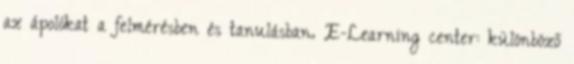
az ápolókat a felmérésben és tanulásban. E-Learning center: különböző